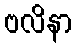
ဗလိနာ